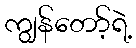
ကျွန်တော့်ရဲ့